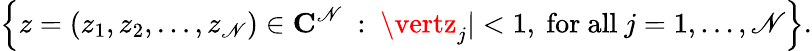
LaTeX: \left\{ z=(z_{1},z_{2},\dots,z_{\mathscr{N}})\in\mathbf{{C}}^{\mathscr{N}}\ :\ \vertz_{j}\vert<1,{\mathrm{{~for~all~}}}j=1,\dots,\mathscr{N}\right\} .